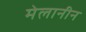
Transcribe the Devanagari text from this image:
मेलानीन